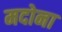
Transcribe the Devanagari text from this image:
मदोना